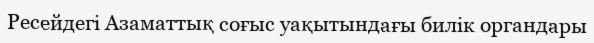
Ресейдегі Азаматтық соғыс уақытындағы билік органдары